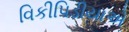
વિકીપિડીયાએ